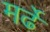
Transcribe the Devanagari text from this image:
मर्ढे